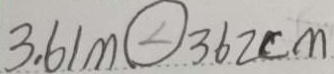
3 . 6 1 m \textcircled { < } 3 6 2 c m